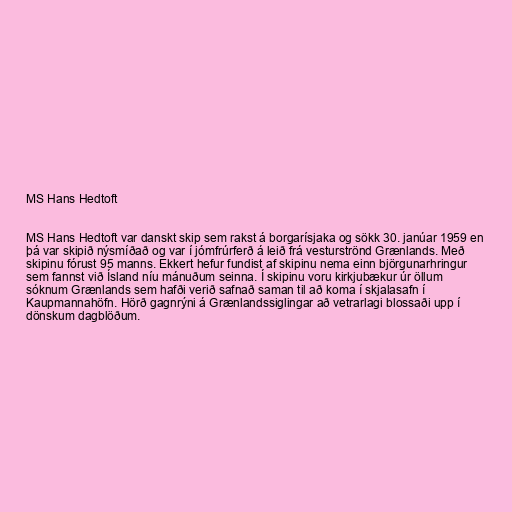
MS Hans Hedtoft

MS Hans Hedtoft var danskt skip sem rakst á borgarísjaka og sökk 30. janúar 1959 en
þá var skipið nýsmíðað og var í jómfrúrferð á leið frá vesturströnd Grænlands. Með
skipinu fórust 95 manns. Ekkert hefur fundist af skipinu nema einn björgunarhringur
sem fannst við Ísland níu mánuðum seinna. Í skipinu voru kirkjubækur úr öllum
sóknum Grænlands sem hafði verið safnað saman til að koma í skjalasafn í
Kaupmannahöfn. Hörð gagnrýni á Grænlandssiglingar að vetrarlagi blossaði upp í
dönskum dagblöðum.